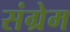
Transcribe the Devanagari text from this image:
संग्रेम